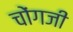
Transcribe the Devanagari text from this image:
चोंगजी